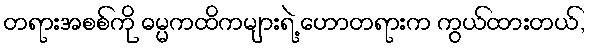
တရားအစစ်ကို ဓမ္မကထိကများရဲ့ ဟောတရားက ကွယ်ထားတယ်,